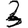
Digit: 3